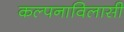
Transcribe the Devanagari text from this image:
कल्पनाविलासी